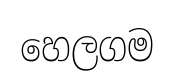
හෙලගම